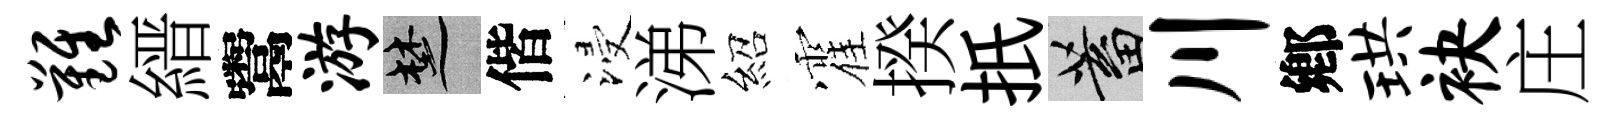
难縉鬻游楚偕浸涕紹霍揆扺蓄川鄕珙袂庄